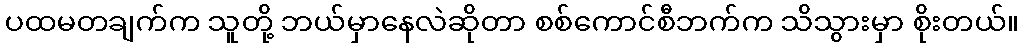
ပထမတချက်က သူတို့ ဘယ်မှာနေလဲဆိုတာ စစ်ကောင်စီဘက်က သိသွားမှာ စိုးတယ်။